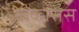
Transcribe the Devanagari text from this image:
ककासस